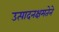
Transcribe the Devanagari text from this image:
उत्पादनक्षमतेने